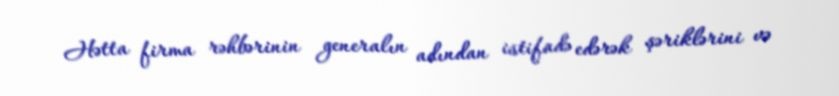
Hətta firma rəhbərinin generalın adından istifadə edərək şəriklərini və